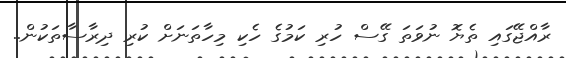
ރާއްޖޭގައި ތެޔޮ ނުވަތަ ގޭސް ހުރި ކަމުގެ ހެކި މިހާތަނަށް ކުރި ދިރާސާތަކުން..